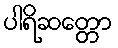
ပါရိဆတ္တော